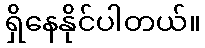
ရှိနေနိုင်ပါတယ်။